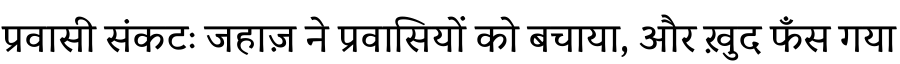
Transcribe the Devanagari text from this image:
प्रवासी संकटः जहाज़ ने प्रवासियों को बचाया, और ख़ुद फँस गया